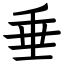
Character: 垂